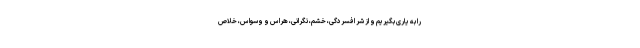
را به یاری بگیریم و از شر افسردگی، خشم، نگرانی، هراس و وسواس، خلاص